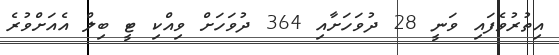
އިތުރުވެފައި ވަނީ 28 ދުވަހަށާއި 364 ދުވަހަށް ވިއްކި ޓީ ބިލް އެއަށްވުރެ